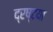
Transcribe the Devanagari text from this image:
द्रष्टया